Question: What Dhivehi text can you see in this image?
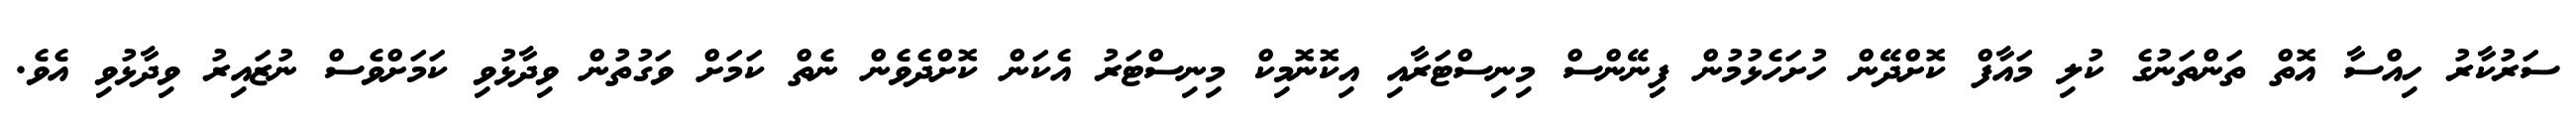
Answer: ސަރުކާރު ހިއްސާ އޮތް ތަންތަނުގެ ކުލި މައާފް ކޮށްދޭން ހުށަހެޅުމުން ފިނޭންސް މިނިސްޓަރާއި އިކޮނޮމިކް މިނިސްޓަރު އެކަން ކޮށްދެވެން ނެތް ކަމަށް ވަގުތުން ވިދާޅުވި ކަމަށްވެސް ނުޒައިރު ވިދާޅުވި އެވެ.